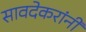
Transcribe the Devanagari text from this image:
सावदेकरांनी